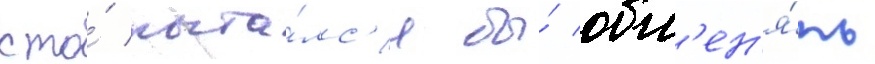
кто́ пыта́лс'я бы́ обм'ен'я́ть